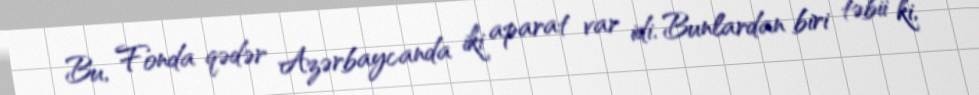
Bu, Fonda qədər Azərbaycanda iki aparat var idi. Bunlardan biri təbii ki,